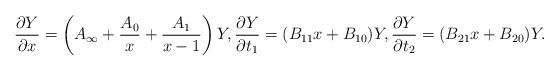
LaTeX: \begin{gather*}\frac{\partial Y}{\partial x} = \left(A_\infty+\frac{A_0}{x}+\frac{A_1}{x-1} \right)Y ,\frac{\partial Y}{\partial t_1} =(B_{11}x+B_{10})Y,\frac{\partial Y}{\partial t_2}=(B_{21}x+B_{20})Y.\end{gather*}